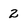
Character: 2